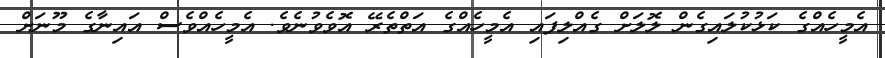
އެމީހެއްގެ ކަޅުކުލައިގެން ލޮލަށް ގެއްލިފައި އެމީހެއްގެ އަތްތެރޭ އޮވެވުނެވެ. އެމީހެއްވެސް އައިނާގެ މޫނަށް